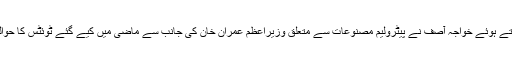
اسلام آباد میں پاکستان مسلم لیگ(ن) کے دیگر رہنماؤں کے ہمراہ میڈیا سے گفتگو کرتے ہوئے خواجہ آصف نے پیٹرولیم مصنوعات سے متعلق وزیراعظم عمران خان کی جانب سے ماضی میں کیے گئے ٹوئٹس کا حوالہ دیا اور کہا کہ عمران خان اگر اپنے ٹوئٹس پڑھ لیں اور شرم ہے تو شرم بھی کرلیں۔